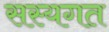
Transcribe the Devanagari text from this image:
सस्यगत